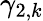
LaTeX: \gamma_{2,k}